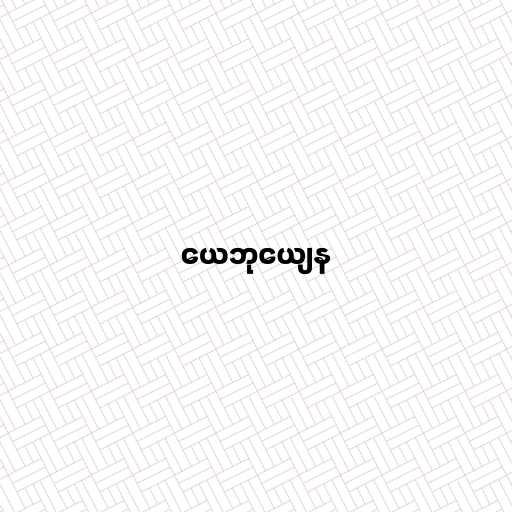
ယေဘုယျေန